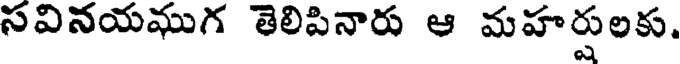
సవినయముగ తెలిపినారు ఆ మహర్షులకు,